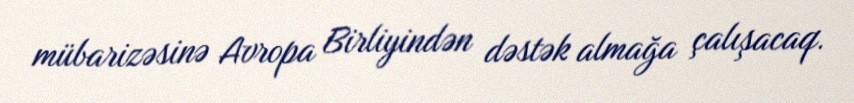
mübarizəsinə Avropa Birliyindən dəstək almağa çalışacaq.